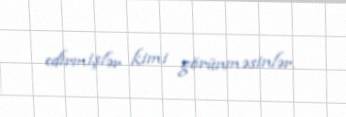
edirmişlər kimi görünməsinlər.